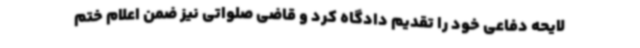
لایحه دفاعی خود را تقدیم دادگاه کرد و قاضی صلواتی نیز ضمن اعلام ختم